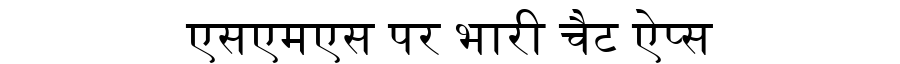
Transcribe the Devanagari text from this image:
एसएमएस पर भारी चैट ऐप्स